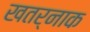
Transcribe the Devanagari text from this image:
खतर्नाक